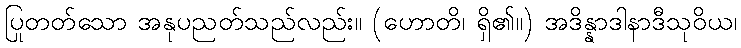
ပြုတတ်သော အနုပညတ်သည်လည်း။ (ဟောတိ၊ ရှိ၏။) အဒိန္နာဒါနာဒီသုဝိယ၊